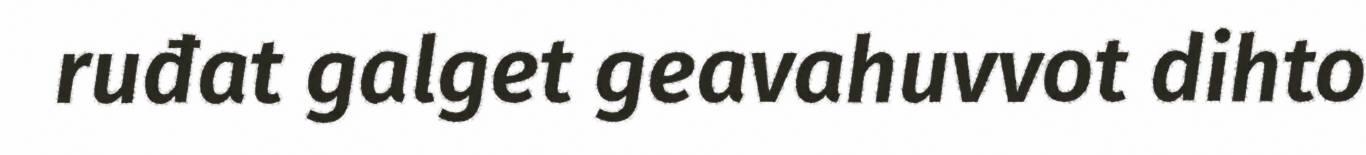
ruđat galget geavahuvvot dihto